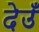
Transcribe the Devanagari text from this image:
देउँ